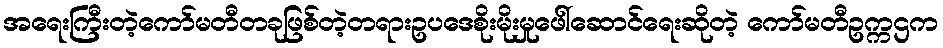
အရေးကြီးတဲ့ကော်မတီတခုဖြစ်တဲ့တရားဥပဒေစိုးမိုးမှုဖေါ်ဆောင်ရေးဆိုတဲ့ ကော်မတီဥက္ကဌက